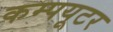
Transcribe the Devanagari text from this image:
कम्‍पयूटर